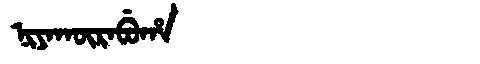
Manchu: ᠨᡳᠶᠠᡴᡡᡵᠠᠪᡠᡥᠠ
Romanization: NIYAKŪRABUHA